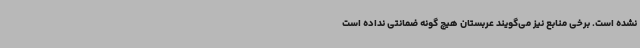
نشده است. برخی منابع نیز می‌گویند عربستان هیچ گونه ضمانتی نداده است